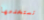
نستخدمها